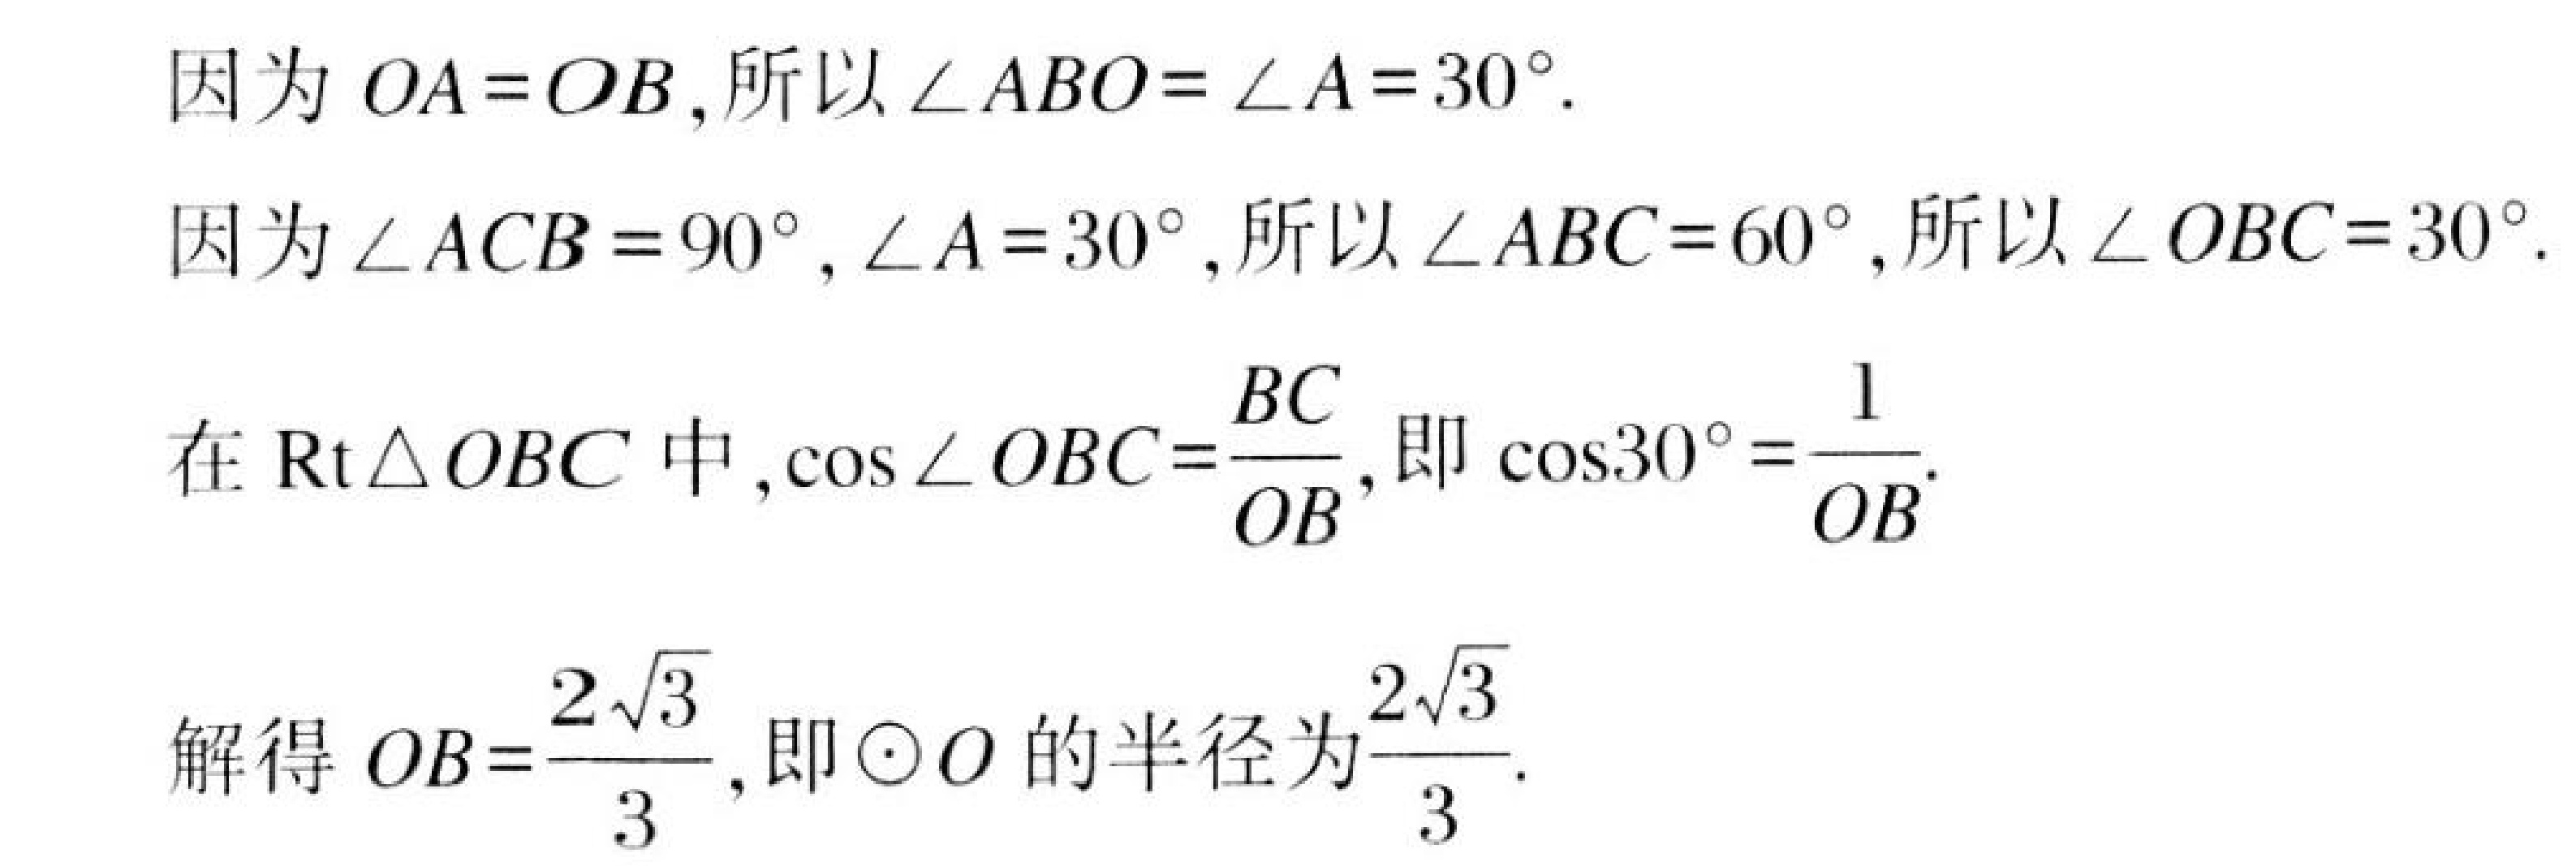
因为\(OA = OB\),所以\(\angle ABO=\angle A = 30^{\circ}\).
因为\(\angle ACB = 90^{\circ},\angle A = 30^{\circ}\),所以\(\angle ABC = 60^{\circ}\),所以\(\angle OBC = 30^{\circ}\).
在\(\text{Rt}\triangle OBC\)中,\(\cos\angle OBC=\frac{BC}{OB}\),即\(\cos30^{\circ}=\frac{1}{OB}\).
解得\(OB = \frac{2\sqrt{3}}{3}\),即\(\odot O\)的半径为\(\frac{2\sqrt{3}}{3}\).